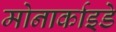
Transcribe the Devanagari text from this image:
मोनार्काइडे